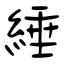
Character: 綞